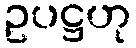
ဥပဋ္ဌဟု